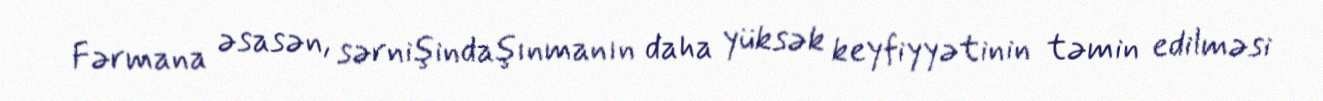
Fərmana əsasən, sərnişindaşınmanın daha yüksək keyfiyyətinin təmin edilməsi